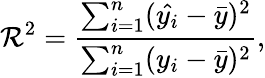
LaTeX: \mathcal{R}^{2}=\frac{{\sum_{i=1}^{n}(\hat{{y_{i}}}-\bar{{y}})^{2}}}{{\sum_{i=1}^{n}(y_{i}-\bar{{y}})^{2}}},